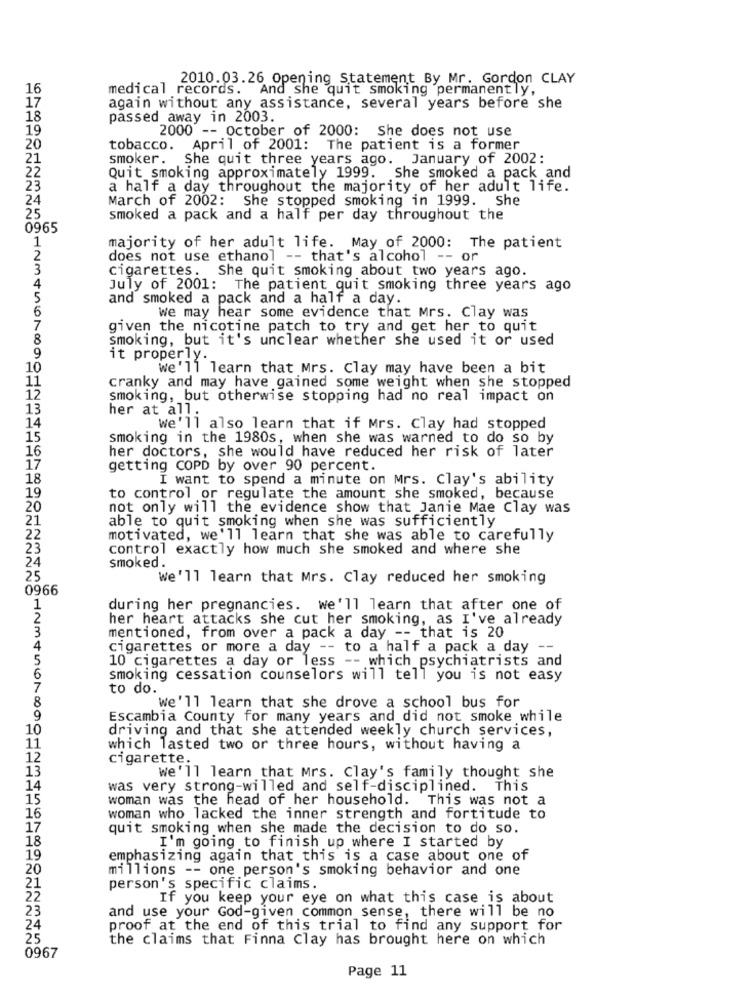
2010.03.26 Opening Statement By Mr. Gordon CLAY
16
medical records. And she quit smoking permanently,
17
again without any assistance, several years before she
18
passed away in 2003.
19
2000 -- October of 2000: She does not use
20
tobacco. April of 2001: The patient is a former
21
smoker. She quit three years ago. January of 2002:
22
Quit smoking approximately 1999. She smoked a pack and
23
a half a day throughout the majority of her adult life.
24
March of 2002: She stopped smoking in 1999. She
25
smoked a pack and a half per day throughout the
0965
1
majority of her adult life. May of 2000: The patient
2
does not use ethanol -- that's alcohol -- o
3
cigarettes. She quit smoking about two years ago.
4
July of 2001: The patient quit smoking three years ago
5
and smoked a pack and a half a day.
6
We may hear some evidence that Mrs. Clay was
7
given the nicotine patch to try and get her to quit
8
smoking, but it's unclear whether she used it or used
9
it properly.
10
we'll learn that Mrs. Clay may have been a bit
11
cranky and may have gained some weight when she stopped
12
smoking, but otherwise stopping had no real impact on
13
her at all.
14
We'll also learn that if Mrs. Clay had stopped
15
smoking in the 1980s, when she was warned to do so by
16
her doctors, she would have reduced her risk of later
17
getting COPD by over 90 percent.
18
I want to spend a minute on Mrs. Clay's ability
19
to control or regulate the amount she smoked, because
20
not only will the evidence show that Janie Mae Clay was
21
able to quit smoking when she was sufficiently
22
motivated, we'll learn that she was able to carefully
23
control exactly how much she smoked and where she
24
smoked.
25
We'll learn that Mrs. Clay reduced her smoking
0966
1
during her pregnancies. we'll learn that after one of
2
her heart attacks she cut her smoking, as I've already
3
mentioned, from over a pack a day -- that is 20
4
cigarettes or more a day -- to a half a pack a day --
10 cigarettes a day or less -- which psychiatrists and
5
smoking cessation counselors will tell you is not easy
7
to do.
8
We'll learn that she drove a school bus for
9
Escambia County for many years and did not smoke while
10
driving and that she attended weekly church services,
11
which lasted two or three hours, without having a
12
cigarette.
13
we'll learn that Mrs. Clay's family thought she
14
was very strong-willed and self-disciplined.
This
15
woman was the head of her household. This was not a
16
woman who lacked the inner strength and fortitude to
17
quit smoking when she made the decision to do so.
18
I'm going to finish up where I started by
19
emphasizing again that this is a case about one of
20
millions -- one person's smoking behavior and one
21
person's specific claims.
22
If you keep your eye on what this case is about
23
and use your God-given common sense, there will be no
24
proof at the end of this trial to find any support for
25
the claims that Finna Clay has brought here on which
0967
Page 11